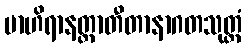
ဗာဟိရာနတ္တာတီတာနာဂတသုတ္တံ